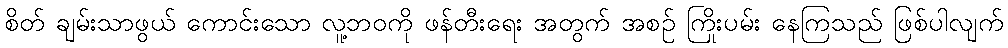
စိတ် ချမ်းသာဖွယ် ကောင်းသော လူ့ဘဝကို ဖန်တီးရေး အတွက် အစဉ် ကြိုးပမ်း နေကြသည် ဖြစ်ပါလျက်